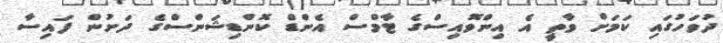
ދުވަހުގައި ކަމަށް ވާތީ އެ އިންވޮއިސްގެ ޓާމްސް އެންޑް ކޮންޑިޝަންސްގެ ދަށުން ފައިސާ